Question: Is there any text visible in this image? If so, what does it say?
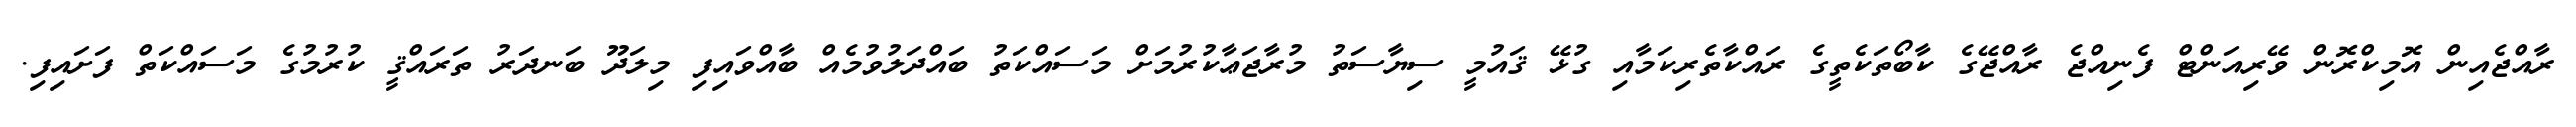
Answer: ރާއްޖެއިން އޮމިކްރޮން ވޭރިއަންޓް ފެނިއްޖެ ރާއްޖޭގެ ކާބޯތަކެތީގެ ރައްކާތެރިކަމާއި ގުޅޭ ޤައުމީ ސިޔާސަތު މުރާޖަޢާކުރުމަށް މަސައްކަތު ބައްދަލުވުމެއް ބާއްވައިފި މިލަދޫ ބަނދަރު ތަރައްޤީ ކުރުމުގެ މަސައްކަތް ފަށައިފި.